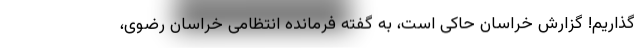
‌گذاریم! گزارش خراسان حاکی است، به گفته فرمانده انتظامی خراسان رضوی،